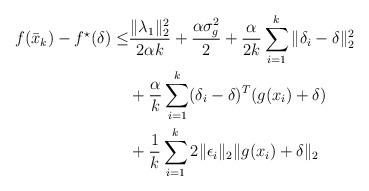
LaTeX: \begin{align*}f(\bar x_k) - f^\star(\delta) \le & \frac{\| \lambda_1 \|_2^2}{2 \alpha k} + \frac{\alpha \sigma_g^2}{2} + \frac{\alpha}{2k} \sum_{i=1}^k \| \delta_i - \delta \|_2^2 \\ & + \frac{\alpha}{k} \sum_{i=1}^k (\delta_i - \delta)^T (g(x_i) + \delta) \\& + \frac{1}{k} \sum_{i=1}^k 2 \| \epsilon_i \|_2 \| g(x_i) + \delta \|_2\end{align*}